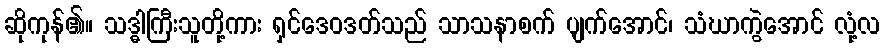
ဆိုကုန်၏။ သဒ္ဓါကြီးသူတို့ကား ရှင်ဒေဝဒတ်သည် သာသနာစက် ပျက်အောင်၊ သံဃာကွဲအောင် လုံ့လ